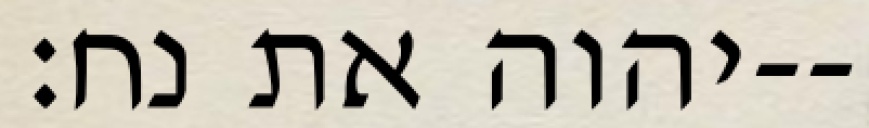
יהוה את נח׃--